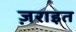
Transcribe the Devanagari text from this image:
ज़राइत